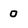
Character: 0